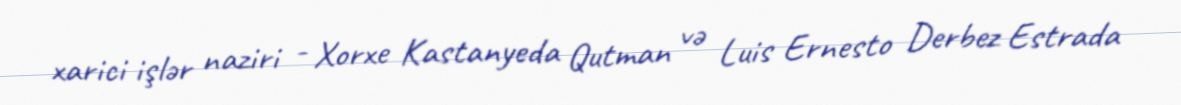
xarici işlər naziri - Xorxe Kastanyeda Qutman və Luis Ernesto Derbez Estrada